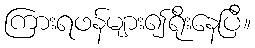
ကြားရဖန်များ၍ရိုးနေပြီ။